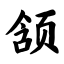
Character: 颔